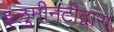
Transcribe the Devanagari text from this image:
इलुमीनटीद्वारा